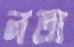
নতা